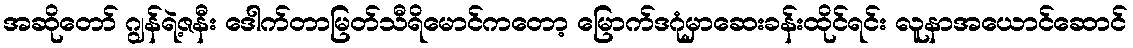
အဆိုတော် ဂျွန်ရဲ့ဇနီး ဒေါက်တာမြတ်သီရိမောင်ကတော့ မြောက်ဒဂုံမှာဆေးခန်းထိုင်ရင်း လူနာအယောင်ဆောင်